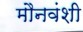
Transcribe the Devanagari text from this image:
मौनवंशी